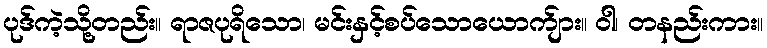
ပုဒ်ကဲ့သို့တည်း။ ရာဇပုရိသော၊ မင်းနှင့်စပ်သောယောက်ျား။ ဝါ၊ တနည်းကား။